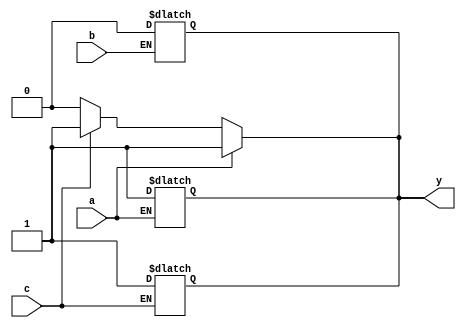
module multiple_drivers_example (
    input wire a,
    input wire b,
    input wire c,
    output wire y
);

// Internal signal that will be driven by multiple drivers
wire temp_y;

assign y = temp_y; // Continuous assignment for output

// Driver 1: Drives the signal when input 'a' is high
always @(*) begin
    if (a) begin
        temp_y = 1'b1; // Driver 1 has precedence
    end
end

// Driver 2: Drives the signal when input 'b' is high
always @(*) begin
    if (b) begin
        temp_y = 1'b0; // Driver 2 has lower precedence than Driver 1
    end
end

// Driver 3: Drives the signal when input 'c' is high
always @(*) begin
    if (c) begin
        temp_y = 1'b1; // Driver 3 can drive the signal
    end
end

// Resolve conflicts based on priority of drivers
always @(*) begin
    // Default value
    temp_y = 1'b0; // Assume low when no drivers are active

    // Check drivers in order of priority
    if (a) begin
        temp_y = 1'b1; // Driver 1 has the highest priority
    end else if (c) begin
        temp_y = 1'b1; // Driver 3 has the next highest priority
    end else if (b) begin
        temp_y = 1'b0; // Driver 2 has the lowest priority
    end
end

endmodule